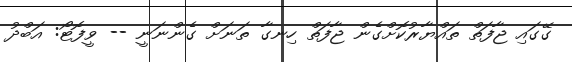
ގޭގައި ޖާފަތް ތައްޔާރުކޮށްގެން ޖާފަތް ހިނގާ ތަނަށް ގެންނަނީ -- ވީފޮޓޯ: އަބްދު